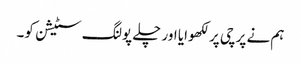
ہم نے پرچی پر لکھوایا اور چلے پولنگ سٹیشن کو۔